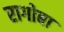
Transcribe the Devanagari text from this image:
रागोबा